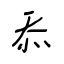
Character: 忝